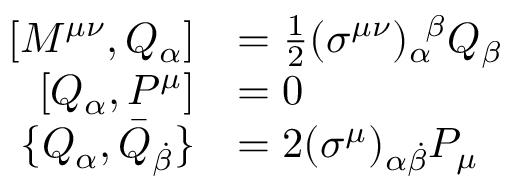
{ \begin{array} { r l } { \left[ M ^ { \mu \nu } , Q _ { \alpha } \right] } & { = { \frac { 1 } { 2 } } ( \sigma ^ { \mu \nu } ) _ { \alpha } ^ { \; \; \beta } Q _ { \beta } } \\ { \left[ Q _ { \alpha } , P ^ { \mu } \right] } & { = 0 } \\ { \{ Q _ { \alpha } , { \bar { Q } } _ { \dot { \beta } } \} } & { = 2 ( \sigma ^ { \mu } ) _ { \alpha { \dot { \beta } } } P _ { \mu } } \end{array} }